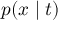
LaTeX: p ( x \mid t )